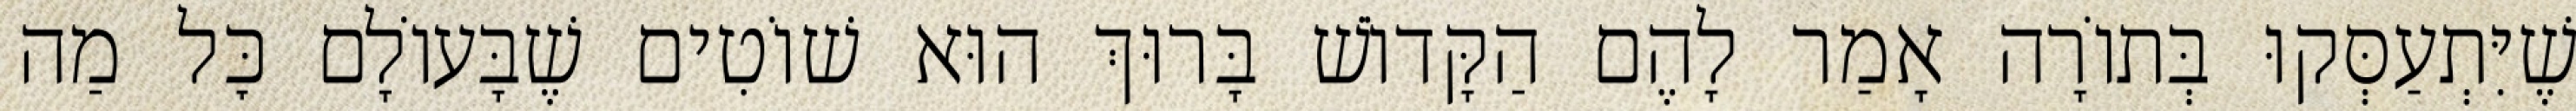
שֶׁיִּתְעַסְּקוּ בְּתוֹרָה אָמַר לָהֶם הַקָּדוֹשׁ בָּרוּךְ הוּא שׁוֹטִים שֶׁבָּעוֹלָם כׇּל מַה